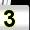
Digit: 3